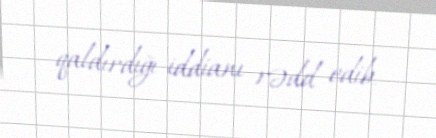
qaldırdığı iddianı rədd edib.